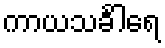
ကာယသင်္ခါရေ